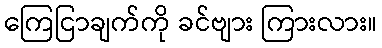
ကြေငြာချက်ကို ခင်ဗျား ကြားလား။